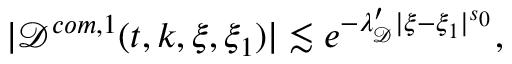
\begin{array} { r } { | \mathcal { D } ^ { c o m , 1 } ( t , k , \xi , \xi _ { 1 } ) | \lesssim e ^ { - \lambda _ { \mathcal { D } } ^ { \prime } | \xi - \xi _ { 1 } | ^ { s _ { 0 } } } , } \end{array}